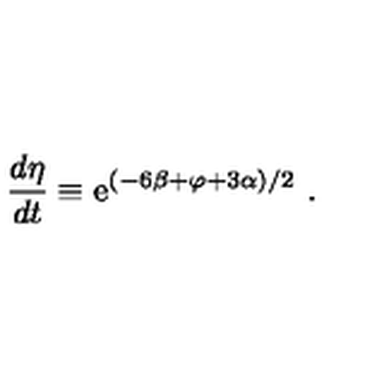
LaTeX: \frac { d \eta } { d t } \equiv \mathrm { e } ^ { ( - 6 \beta + \varphi + 3 \alpha ) / 2 } \ .